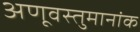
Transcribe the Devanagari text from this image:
अणूवस्तुमानांक